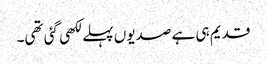
قدیم ہی ہے صدیوں پہلے لکھی گئی تھی۔